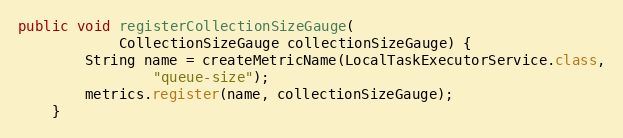
Language: Java
public void registerCollectionSizeGauge(
			CollectionSizeGauge collectionSizeGauge) {
		String name = createMetricName(LocalTaskExecutorService.class,
				"queue-size");
		metrics.register(name, collectionSizeGauge);
	}